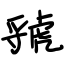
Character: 虢